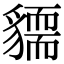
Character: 𧴓